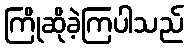
ကြိုဆိုခဲ့ကြပါသည်